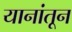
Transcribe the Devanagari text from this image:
यानांतून